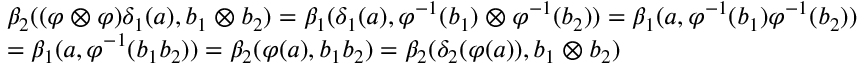
\begin{array} { r l } & { { \beta } _ { 2 } ( ( \varphi \otimes \varphi ) \delta _ { 1 } ( a ) , b _ { 1 } \otimes b _ { 2 } ) = \beta _ { 1 } ( \delta _ { 1 } ( a ) , \varphi ^ { - 1 } ( b _ { 1 } ) \otimes \varphi ^ { - 1 } ( b _ { 2 } ) ) = \beta _ { 1 } ( a , \varphi ^ { - 1 } ( b _ { 1 } ) \varphi ^ { - 1 } ( b _ { 2 } ) ) } \\ & { = \beta _ { 1 } ( a , \varphi ^ { - 1 } ( b _ { 1 } b _ { 2 } ) ) = { \beta } _ { 2 } ( \varphi ( a ) , b _ { 1 } b _ { 2 } ) = { \beta } _ { 2 } ( { \delta } _ { 2 } ( \varphi ( a ) ) , b _ { 1 } \otimes b _ { 2 } ) } \end{array}